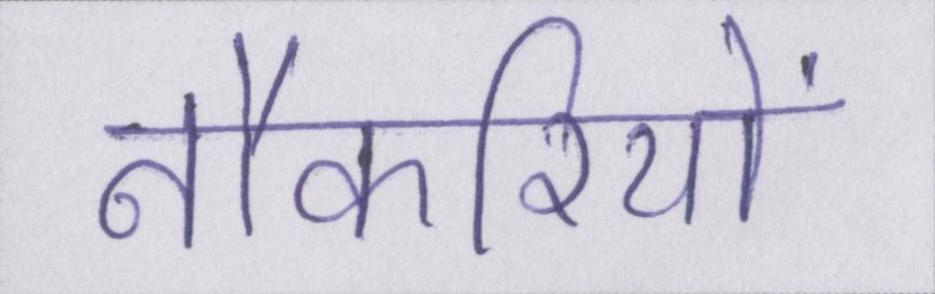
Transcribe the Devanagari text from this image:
नौकरियों